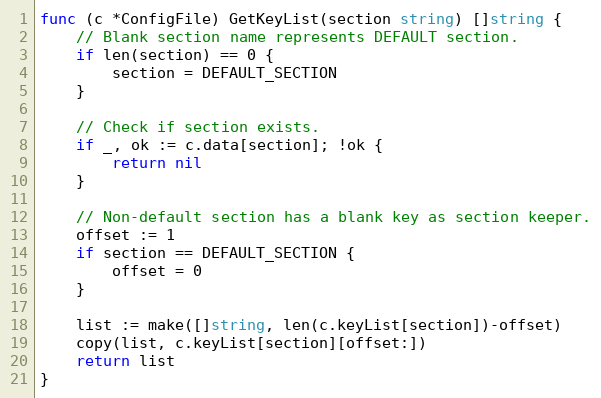
Language: Go
func (c *ConfigFile) GetKeyList(section string) []string {
	// Blank section name represents DEFAULT section.
	if len(section) == 0 {
		section = DEFAULT_SECTION
	}

	// Check if section exists.
	if _, ok := c.data[section]; !ok {
		return nil
	}

	// Non-default section has a blank key as section keeper.
	offset := 1
	if section == DEFAULT_SECTION {
		offset = 0
	}

	list := make([]string, len(c.keyList[section])-offset)
	copy(list, c.keyList[section][offset:])
	return list
}